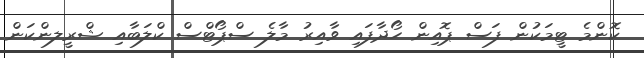
ކޮންމެ ޓީމަކުން ފަސް ޕޮއިން ހޯދާފައި ވާއިރު މާލެ ސްޕޯޓްސް ކްލަބާއި ޝްރީލންކަން